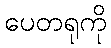
ပေတရုကို